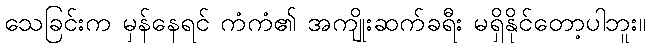
သေခြင်းက မှန်နေရင် ကံကံ၏ အကျိုးဆက်ခရီး မရှိနိုင်တော့ပါဘူး။